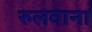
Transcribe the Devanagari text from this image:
रुलवाना